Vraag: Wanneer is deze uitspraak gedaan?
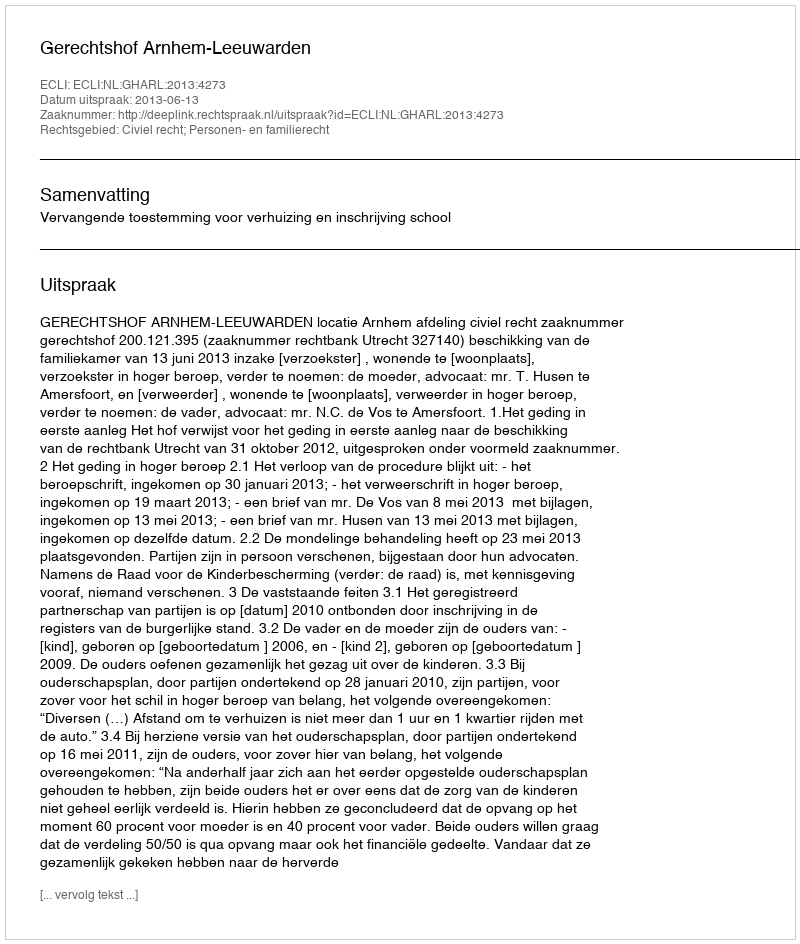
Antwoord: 2013-06-13